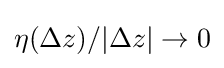
{\textstyle \eta (\Delta z)/|\Delta z|\to 0}